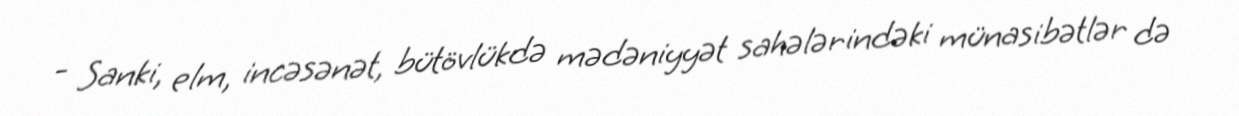
- Sanki, elm, incəsənət, bütövlükdə mədəniyyət sahələrindəki münasibətlər də